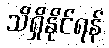
သိရှိနိုင်ရန်